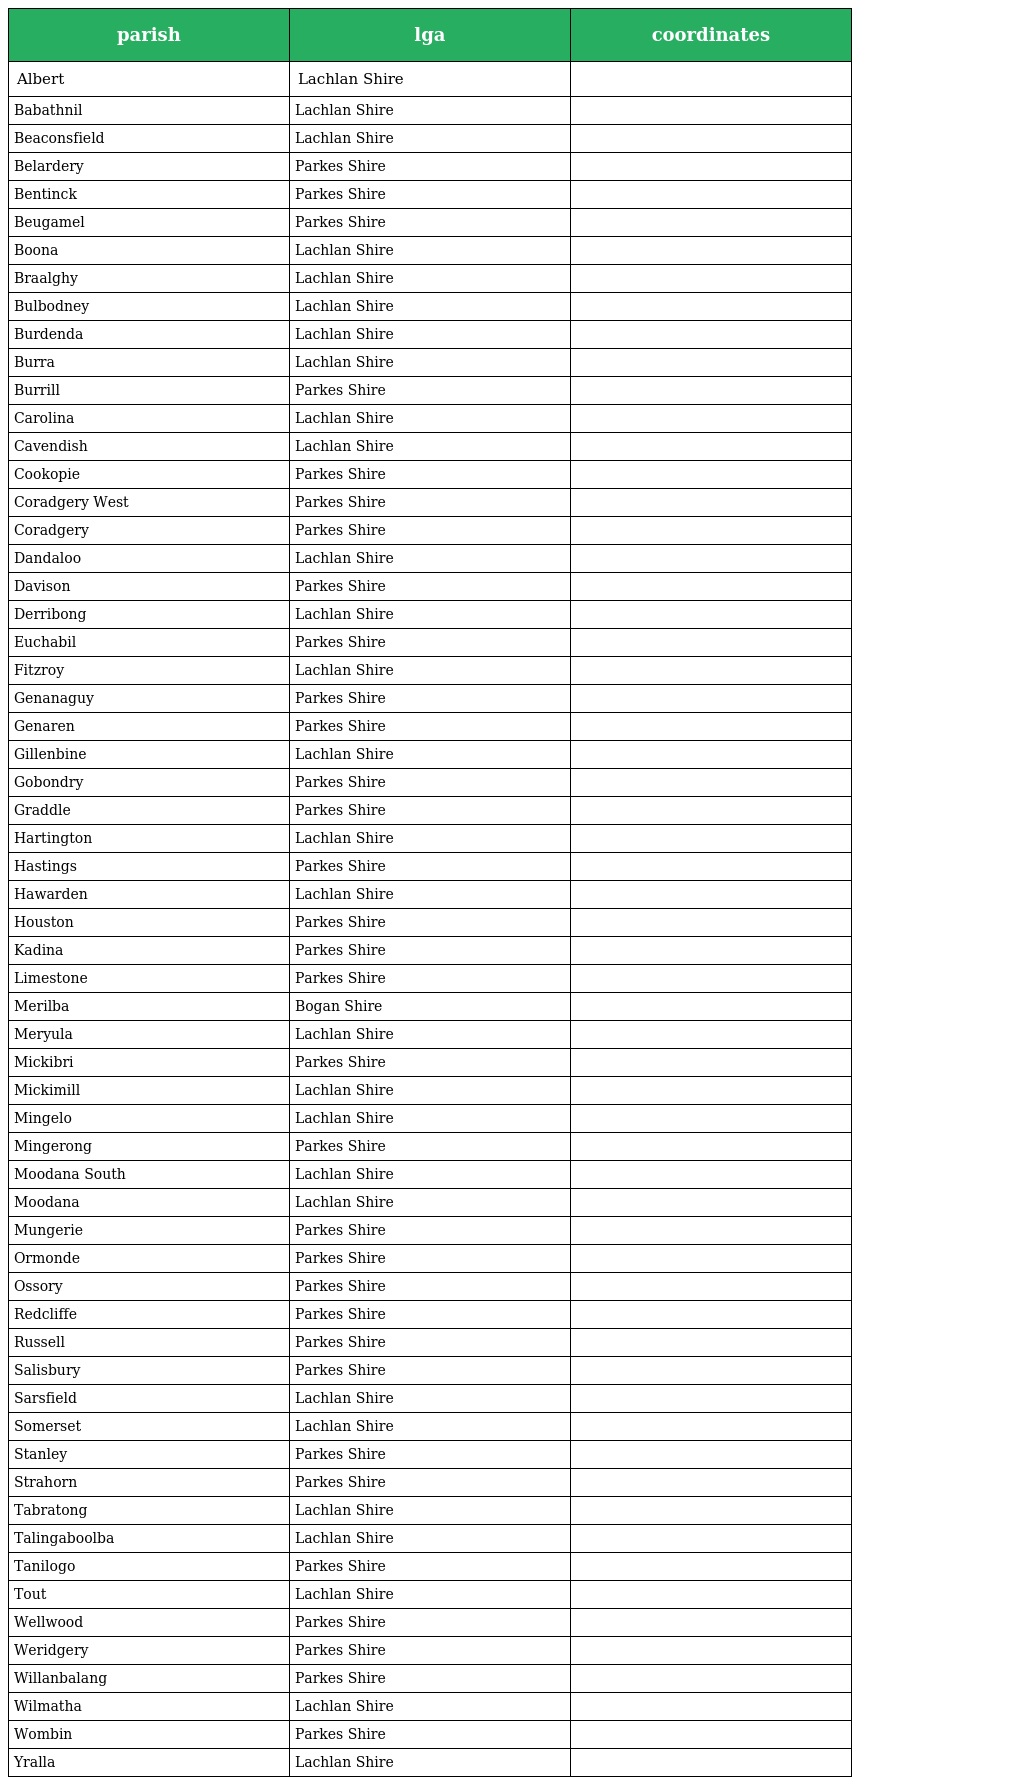
| parish | lga | coordinates |
 | --- | --- | --- |
 | Albert | Lachlan Shire |  |
 | Babathnil | Lachlan Shire |  |
 | Beaconsfield | Lachlan Shire |  |
 | Belardery | Parkes Shire |  |
 | Bentinck | Parkes Shire |  |
 | Beugamel | Parkes Shire |  |
 | Boona | Lachlan Shire |  |
 | Braalghy | Lachlan Shire |  |
 | Bulbodney | Lachlan Shire |  |
 | Burdenda | Lachlan Shire |  |
 | Burra | Lachlan Shire |  |
 | Burrill | Parkes Shire |  |
 | Carolina | Lachlan Shire |  |
 | Cavendish | Lachlan Shire |  |
 | Cookopie | Parkes Shire |  |
 | Coradgery West | Parkes Shire |  |
 | Coradgery | Parkes Shire |  |
 | Dandaloo | Lachlan Shire |  |
 | Davison | Parkes Shire |  |
 | Derribong | Lachlan Shire |  |
 | Euchabil | Parkes Shire |  |
 | Fitzroy | Lachlan Shire |  |
 | Genanaguy | Parkes Shire |  |
 | Genaren | Parkes Shire |  |
 | Gillenbine | Lachlan Shire |  |
 | Gobondry | Parkes Shire |  |
 | Graddle | Parkes Shire |  |
 | Hartington | Lachlan Shire |  |
 | Hastings | Parkes Shire |  |
 | Hawarden | Lachlan Shire |  |
 | Houston | Parkes Shire |  |
 | Kadina | Parkes Shire |  |
 | Limestone | Parkes Shire |  |
 | Merilba | Bogan Shire |  |
 | Meryula | Lachlan Shire |  |
 | Mickibri | Parkes Shire |  |
 | Mickimill | Lachlan Shire |  |
 | Mingelo | Lachlan Shire |  |
 | Mingerong | Parkes Shire |  |
 | Moodana South | Lachlan Shire |  |
 | Moodana | Lachlan Shire |  |
 | Mungerie | Parkes Shire |  |
 | Ormonde | Parkes Shire |  |
 | Ossory | Parkes Shire |  |
 | Redcliffe | Parkes Shire |  |
 | Russell | Parkes Shire |  |
 | Salisbury | Parkes Shire |  |
 | Sarsfield | Lachlan Shire |  |
 | Somerset | Lachlan Shire |  |
 | Stanley | Parkes Shire |  |
 | Strahorn | Parkes Shire |  |
 | Tabratong | Lachlan Shire |  |
 | Talingaboolba | Lachlan Shire |  |
 | Tanilogo | Parkes Shire |  |
 | Tout | Lachlan Shire |  |
 | Wellwood | Parkes Shire |  |
 | Weridgery | Parkes Shire |  |
 | Willanbalang | Parkes Shire |  |
 | Wilmatha | Lachlan Shire |  |
 | Wombin | Parkes Shire |  |
 | Yralla | Lachlan Shire |  |